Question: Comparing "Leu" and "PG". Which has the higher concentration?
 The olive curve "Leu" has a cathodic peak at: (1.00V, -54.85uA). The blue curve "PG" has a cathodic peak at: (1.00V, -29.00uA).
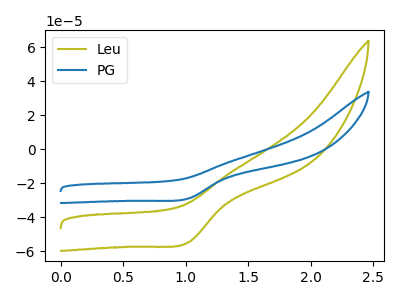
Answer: <think>All the peaks in "Leu" have a peak in "PG" at the same potential. Every peak in "Leu" is higher than every peak in "PG".
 </think>
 <answer>"Leu" has more signal than "PG" and so likely has a higher concentration.</answer>
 <eval>more_concentration</eval>